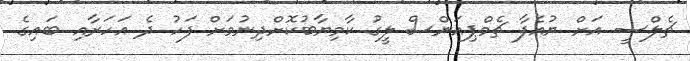
ޗެލްސީ އަށް ޔުއެފާ ޗެމްޕިއަންސް ލީގު ކާމިޔާބުކޮށްދިނުމަށް ފަހު ދެ އަހަރާއި ބައިގެ